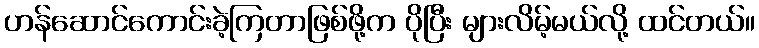
ဟန်ဆောင်ကောင်းခဲ့ကြတာဖြစ်ဖို့က ပိုပြီး များလိမ့်မယ်လို့ ထင်တယ်။